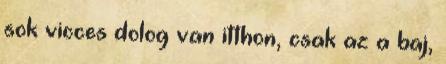
sok vicces dolog van itthon, csak az a baj,